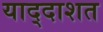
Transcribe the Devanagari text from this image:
याद्दाशत